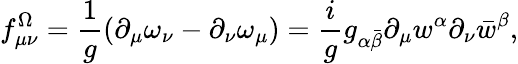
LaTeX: f_{\mu\nu}^{\Omega}={\frac{1}{g}}(\partial_{\mu}\omega_{\nu}-\partial_{\nu}\omega_{\mu})={\frac{i}{g}}g_{\alpha\bar{\beta}}\partial_{\mu}w^{\alpha}\partial_{\nu}\bar{w}^{\beta},